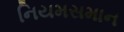
નિયમસમાન